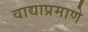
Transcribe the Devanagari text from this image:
वाद्याप्रमाणे